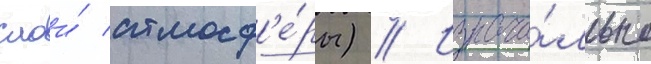
слои́ атмосф'е́ры) // Изнача́льно